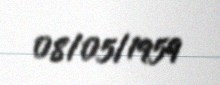
08/05/1959